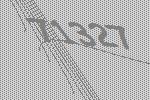
71327